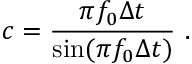
c = \frac { \pi f _ { 0 } \Delta t } { \sin ( \pi f _ { 0 } \Delta t ) } \mathrm { ~ . ~ }